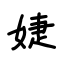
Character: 婕